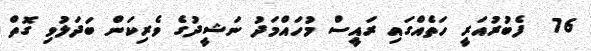
76  ފެބުރުއަރީ ހަތެއްގައި ރައީސް މުހައްމަދު ނަޝީދުގެ ވެރިކަން ބަދަލުވި ގޮތް